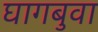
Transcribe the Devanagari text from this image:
घागबुवा